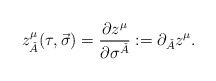
\begin{align*}z_{\check{A}}^{\mu }(\tau ,\vec{\sigma})={\frac{\partial z^{\mu }}{\partial\sigma ^{\check{A}}}}:=\partial _{\check{A}}z^{\mu }. \end{align*}